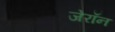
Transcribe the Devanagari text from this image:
जेरॉन